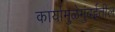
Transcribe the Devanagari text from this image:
कार्यामुळेमुंबईतील